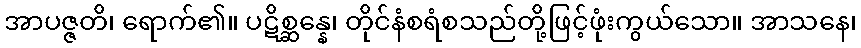
အာပဇ္ဇတိ၊ ရောက်၏။ ပဋိစ္ဆန္နေ၊ တိုင်နံစရံစသည်တို့ဖြင့်ဖုံးကွယ်သော။ အာသနေ၊